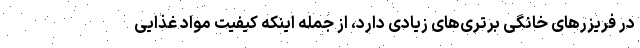
در فریزرهای خانگی برتری‌های زیادی دارد، از جمله اینکه کیفیت مواد غذایی